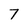
Character: 7